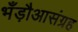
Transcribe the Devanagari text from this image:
भँड़ौआसंग्रह